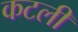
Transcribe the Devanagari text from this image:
कटली